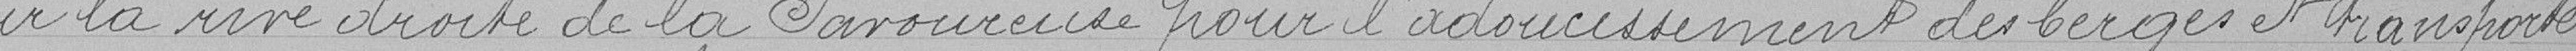
sur la rive droite de la Savoureuse pour l'adoucissement des berges et transportés